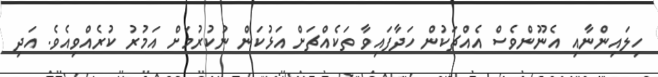
ހިލައިންނާއި އެނޫންވެސް އެއްޗަކުން ހަދާފައިވާ ތަކެއްޗަށް އަޅުކަން ނުކުރުމަށް އަމުރު ކުރެއްވިއެވެ. އަދި